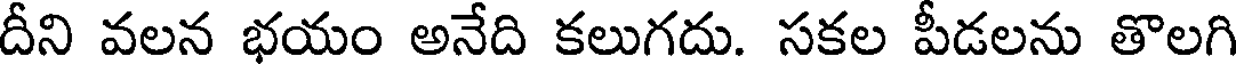
దీని వలన భయం అనేది కలుగదు. సకల పీడలను తొలగి